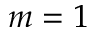
m = 1